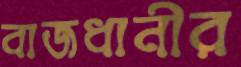
বাজধানীর